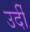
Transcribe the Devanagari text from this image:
उर्दी